Annual report on the working of the mental hospitals in the Madras Presidency - 1912-1932
Year: 1912
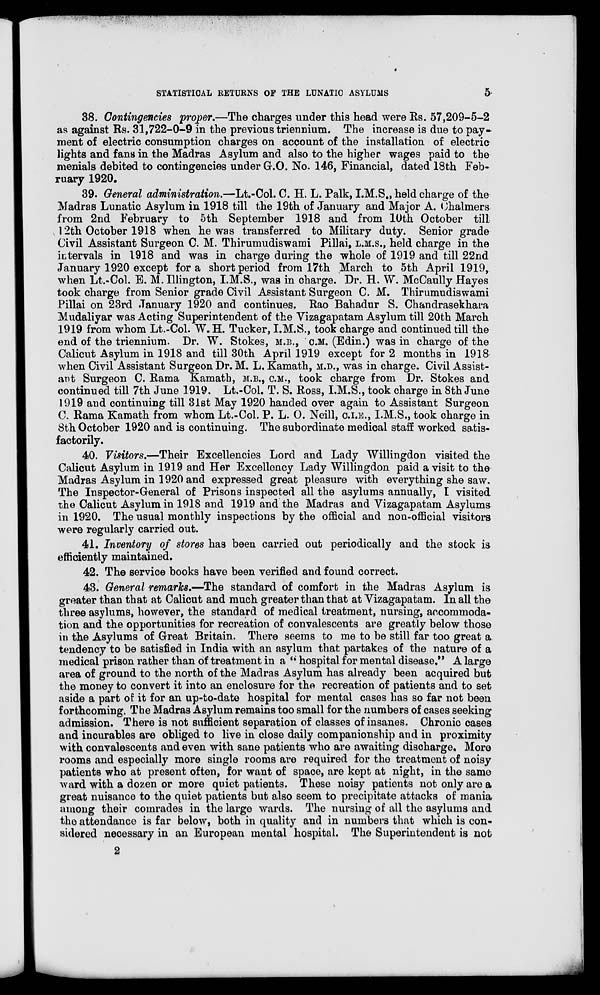
STATISTICAL RETURNS OF THE LUNATIC ASYLUMS
5
38. Contingencies proper.—The charges under this head were Rs. 57,209-5-2
as against Rs. 31,722-0-9 in the previous triennium. The increase is due to pay-
ment of electric consumption charges on account of the installation of electric
lights and fans in the Madras Asylum and also to the higher wages paid to the
menials debited to contingencies under G.O. No. 146, Financial, dated 18th Feb-
ruary 1920.
39. General administration.—Lt.-Col. C. H. L. Palk, I.M.S., held charge of the
Madras Lunatic Asylum in 1918 till the 19th of January and Major A. Chalmers
from 2nd February to 5th September 1918 and from 10th October till
12th October 1918 when he was transferred to Military duty. Senior grade
Civil Assistant Surgeon C. M. Thirumudiswami Pillai, L.M.S., held charge in the
intervals in 1918 and was in charge during the whole of 1919 and till 22nd
January 1920 except for a short period from 17th March to 5th April 1919,
when Lt.-Col. E. M. Illington, I.M.S., was in charge. Dr. H. W. McCaully Hayes
took charge from Senior grade Civil Assistant Surgeon C. M. Thirumudiswami
Pillai on 23rd January 1920 and continues, Rao Bahadur S. Chandrasekhara
Mudaliyar was Acting Superintendent of the Vizagapatam Asylum till 20th March
1919 from whom Lt.-Col. W. H. Tucker, I.M.S., took charge and continued till the
end of the triennium. Dr. W. Stokes, M.B., C.M. (Edin.) was in charge of the
Calicut Asylum in 1918 and till 30th April 1919 except for 2 months in 1918
when Civil Assistant Surgeon Dr. M. L. Kamath, M.D., was in charge. Civil Assist-
ant Surgeon C. Rama Kamath, M.B., C.M., took charge from Dr. Stokes and
continued till 7th June 1919. Lt.-Col. T. S. Ross, I.M.S., took charge in 8th June
1919 and continuing till 31st May 1920 handed over again to Assistant Surgeon
C. Rama Kamath from whom Lt.-Col. P. L. O. Neill, C.I.E., I.M.S., took charge in
8th October 1920 and is continuing. The subordinate medical staff worked satis-
factorily.
40. Visitors.—Their Excellencies Lord and Lady Willingdon visited the
Calicut Asylum in 1919 and Her Excellency Lady Willingdon paid a visit to the
Madras Asylum in 1920 and expressed great pleasure with everything she saw.
The Inspector-General of Prisons inspected all the asylums annually, I visited
the Calicut Asylum in 1918 and 1919 and the Madras and Vizagapatam Asylums
in 1920. The usual monthly inspections by the official and non-official visitors
were regularly carried out.
41. Inventory of stores has been carried out periodically and the stock is
efficiently maintained.
42. The service books have been verified and found correct.
43. General remarks.—The standard of comfort in the Madras Asylum is
greater than that at Calicut and much greater than that at Vizagapatam. In all the
three asylums, however, the standard of medical treatment, nursing, accommoda-
tion and the opportunities for recreation of convalescents are greatly below those
in the Asylums of Great Britain. There seems to me to be still far too great a
tendency to be satisfied in India with an asylum that partakes of the nature of a
medical prison rather than of treatment in a " hospital for mental disease." A large
area of ground to the north of the Madras Asylum has already been acquired but
the money to convert it into an enclosure for the recreation of patients and to set
aside a part of it for an up-to-date hospital for mental cases has so far not been
forthcoming. The Madras Asylum remains too small for the numbers of cases seeking
admission. There is not sufficient separation of classes of insanes. Chronic cases
and incurables are obliged to live in close daily companionship and in proximity
with convalescents and even with sane patients who are awaiting discharge. More
rooms and especially more single rooms are required for the treatment of noisy
patients who at present often, for want of space, are kept at night, in the same
ward with a dozen or more quiet patients. These noisy patients not only are a
great nuisance to the quiet patients but also seem to precipitate attacks of mania
among their comrades in the large wards. The nursing of all the asylums and
the attendance is far below, both in quality and in numbers that which is con-
sidered necessary in an European mental hospital. The Superintendent is not
2